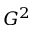
G ^ { 2 }